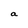
Character: a